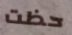
حظت